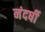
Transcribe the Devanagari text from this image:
नंदर्षी